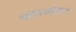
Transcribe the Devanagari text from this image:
नवरत्‍नांमध्ये